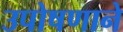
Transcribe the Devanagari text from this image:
उपोषणाने